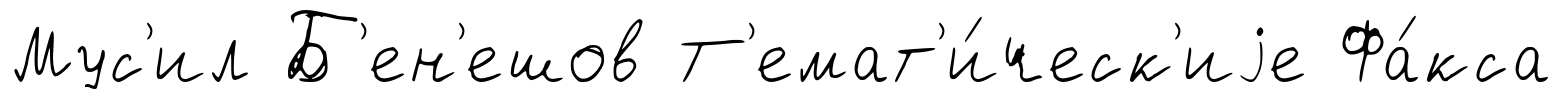
Мус'ил Б'ен'ешов Т'емат'и́ческ'иjе Фа́кса